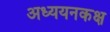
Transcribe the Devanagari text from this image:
अध्ययनकक्ष